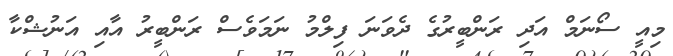
މިއީ ސޯނަމް އަދި ރަންބީރުގެ ދެވަނަ ފިލްމު ނަމަވެސް ރަންބީރު އާއި އަނުޝްކާ